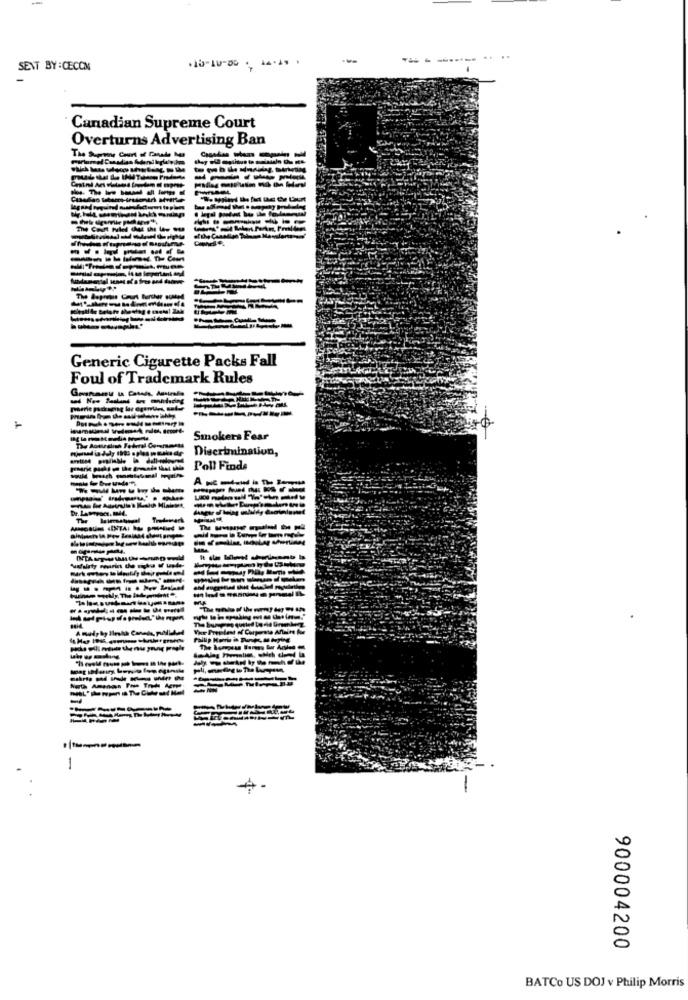
------. ....
SENT BY:CECOM
Canadian Supreme Court
Overturns Advertising Ban
------
--------
Generic Cigarette Packs Fall
Foul of Trademark Rules
----
The Aomalish Federal Comomamas
Smokers Fear
Discrimination,
Poll Finde
------
------
Yar Preelest of Corporate Anain Ke
-
900004200
BATCo US DOJ v Philip Morris